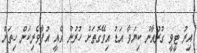
އިރު ޓީވީ ގުރުއާން ކިޔަވާ އަޑު އިވޭގޮތަށް ހުރުން އެއީ އުފާވެރިކަން ހިތަށް